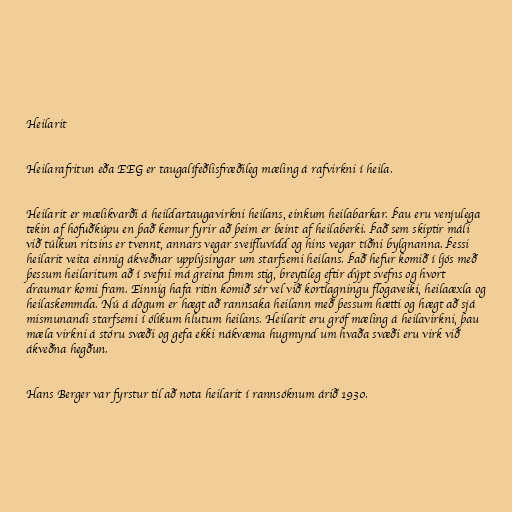
Heilarit

Heilarafritun eða EEG er taugalífeðlisfræðileg mæling á rafvirkni í heila.

Heilarit er mælikvarði á heildartaugavirkni heilans, einkum heilabarkar. Þau eru venjulega
tekin af höfuðkúpu en það kemur fyrir að þeim er beint af heilaberki. Það sem skiptir máli
við túlkun ritsins er tvennt, annars vegar sveifluvídd og hins vegar tíðni bylgnanna. Þessi
heilarit veita einnig ákveðnar upplýsingar um starfsemi heilans. Það hefur komið í ljós með
þessum heilaritum að í svefni má greina fimm stig, breytileg eftir dýpt svefns og hvort
draumar komi fram. Einnig hafa ritin komið sér vel við kortlagningu flogaveiki, heilaæxla og
heilaskemmda. Nú á dögum er hægt að rannsaka heilann með þessum hætti og hægt að sjá
mismunandi starfsemi í ólíkum hlutum heilans. Heilarit eru gróf mæling á heilavirkni, þau
mæla virkni á stóru svæði og gefa ekki nákvæma hugmynd um hvaða svæði eru virk við
ákveðna hegðun.

Hans Berger var fyrstur til að nota heilarit í rannsóknum árið 1930.